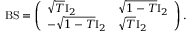
\mathrm { B S } = \left( \begin{array} { l l } { \sqrt { T } \mathrm { I } _ { 2 } } & { \sqrt { 1 - T } \mathrm { I } _ { 2 } } \\ { - \sqrt { 1 - T } \mathrm { I } _ { 2 } } & { \sqrt { T } \mathrm { I } _ { 2 } } \end{array} \right) .